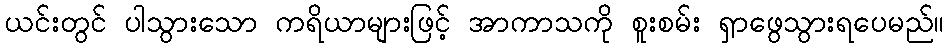
ယင်းတွင် ပါသွားသော ကရိယာများဖြင့် အာကာသကို စူးစမ်း ရှာဖွေသွားရပေမည်။